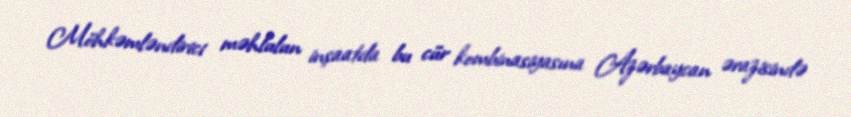
Möhkəmləndirici məhlulun inşaatda bu cür kombinasiyasına Azərbaycan ərazisində